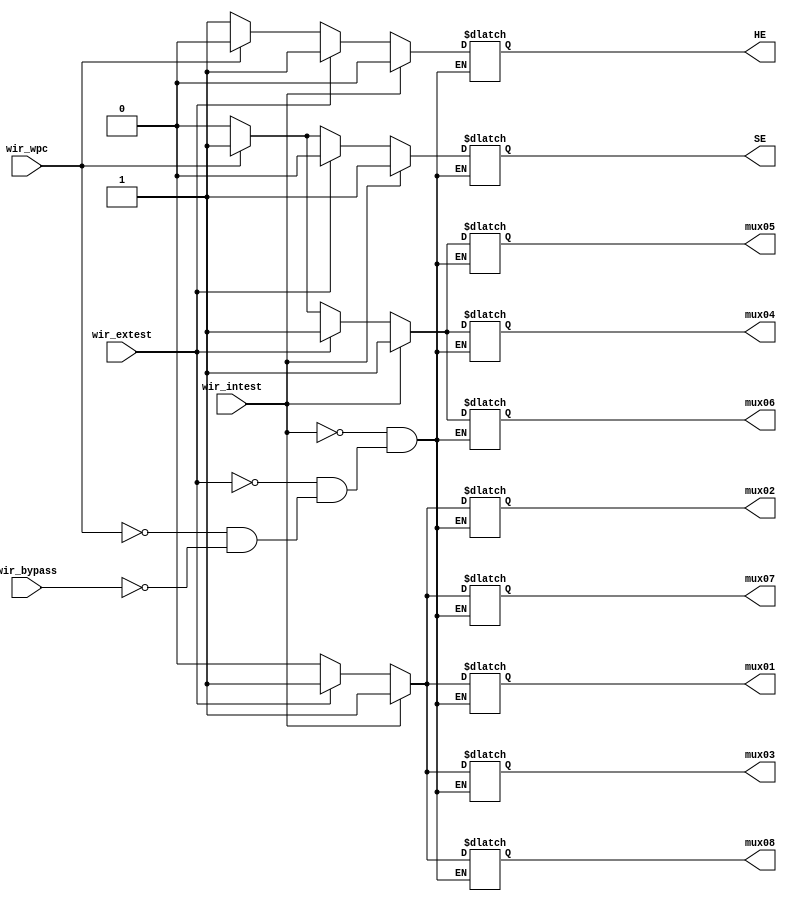
module sel_gen
(
	input wir_bypass,wir_wpc,wir_extest,wir_intest,
	output reg mux01,mux02,mux03,mux04,mux05,mux06,mux07,mux08,SE,HE
);


always@(*)
begin
	if(wir_bypass == 1)
	begin
	mux01 <= 0; mux02 <= 0; mux03 <= 0; mux04 <= 0; 
	mux05 <= 0; mux06 <= 0; mux07 <= 0; mux08 <= 0; 
	SE = 0; HE = 1;
	end
	if(wir_wpc == 1)
	begin
	mux01 <= 0; mux02 <= 0; mux03 <= 0; mux04 <= 1; 
	mux05 <= 1; mux06 <= 1; mux07 <= 0; mux08 <= 0; 
	SE = 1; HE = 0;
	end
	if(wir_extest == 1)
	begin
	mux01 <= 1; mux02 <= 1; mux03 <= 1; mux04 <= 1; 
	mux05 <= 1; mux06 <= 1; mux07 <= 1; mux08 <= 1; 
	SE = 0; HE = 1;
	end
	if(wir_intest == 1)
	begin
	mux01 <= 1; mux02 <= 1; mux03 <= 1; mux04 <= 1; 
	mux05 <= 1; mux06 <= 1; mux07 <= 1; mux08 <= 1; 
	SE = 1; HE = 0;
	end
end
endmodule